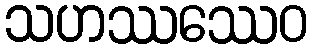
သဟဿဿေဝ